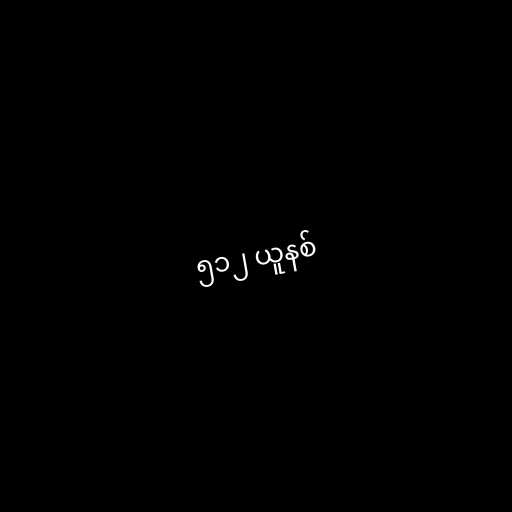
၅၁၂ ယူနစ်